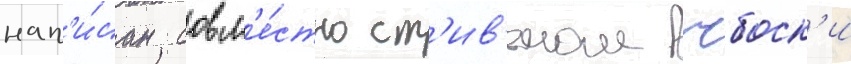
нап'и́сан совм'е́стно ст'ив'еном чбоск'и